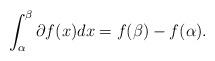
LaTeX: \begin{align*}\int_{\alpha}^{\beta}\partial f(x)dx=f(\beta)-f(\alpha).\end{align*}